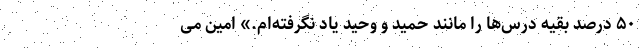
۵۰ درصد بقیه درس‌ها را مانند حمید و وحید یاد نگرفته‌ام.» امین می‌